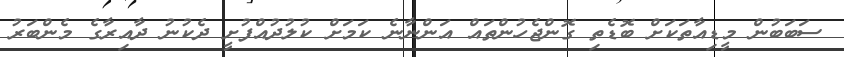
ސަބަބުން މީޑިއާތަކަށް ބޮޑެތި ގޮންޖެހުންތައް އަންނާނެ ކަމަށް ކުލުދުއްފުށީ ދެކުނު ދާއިރާގެ މެންބަރު